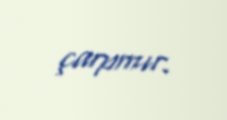
çarpmır.